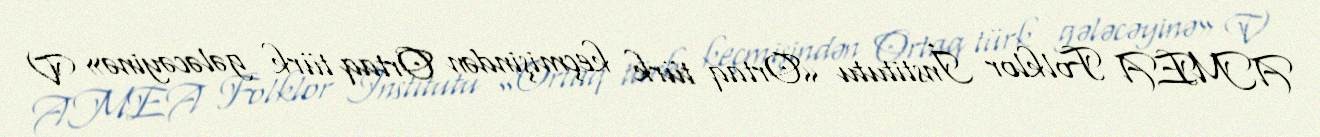
AMEA Folklor İnstitutu «Ortaq türk keçmişindən Ortaq türk gələcəyinə» V